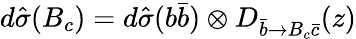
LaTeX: d\hat{\sigma}(B_{c})=d\hat{\sigma}(b\bar{b})\otimes D_{\bar{b}\rightarrow B_{c}\bar{c}}(z)